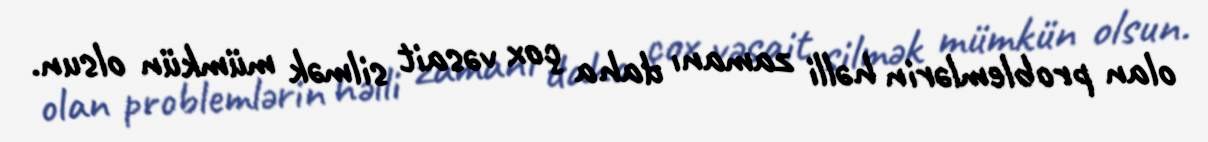
olan problemlərin həlli zamanı daha çox vəsait silmək mümkün olsun.